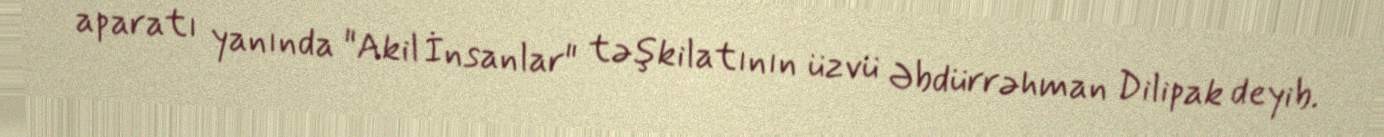
aparatı yanında "Akil İnsanlar" təşkilatının üzvü Əbdürrəhman Dilipak deyib.